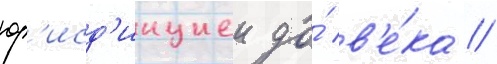
юр'исд'икциеи до́ в'е́ка //